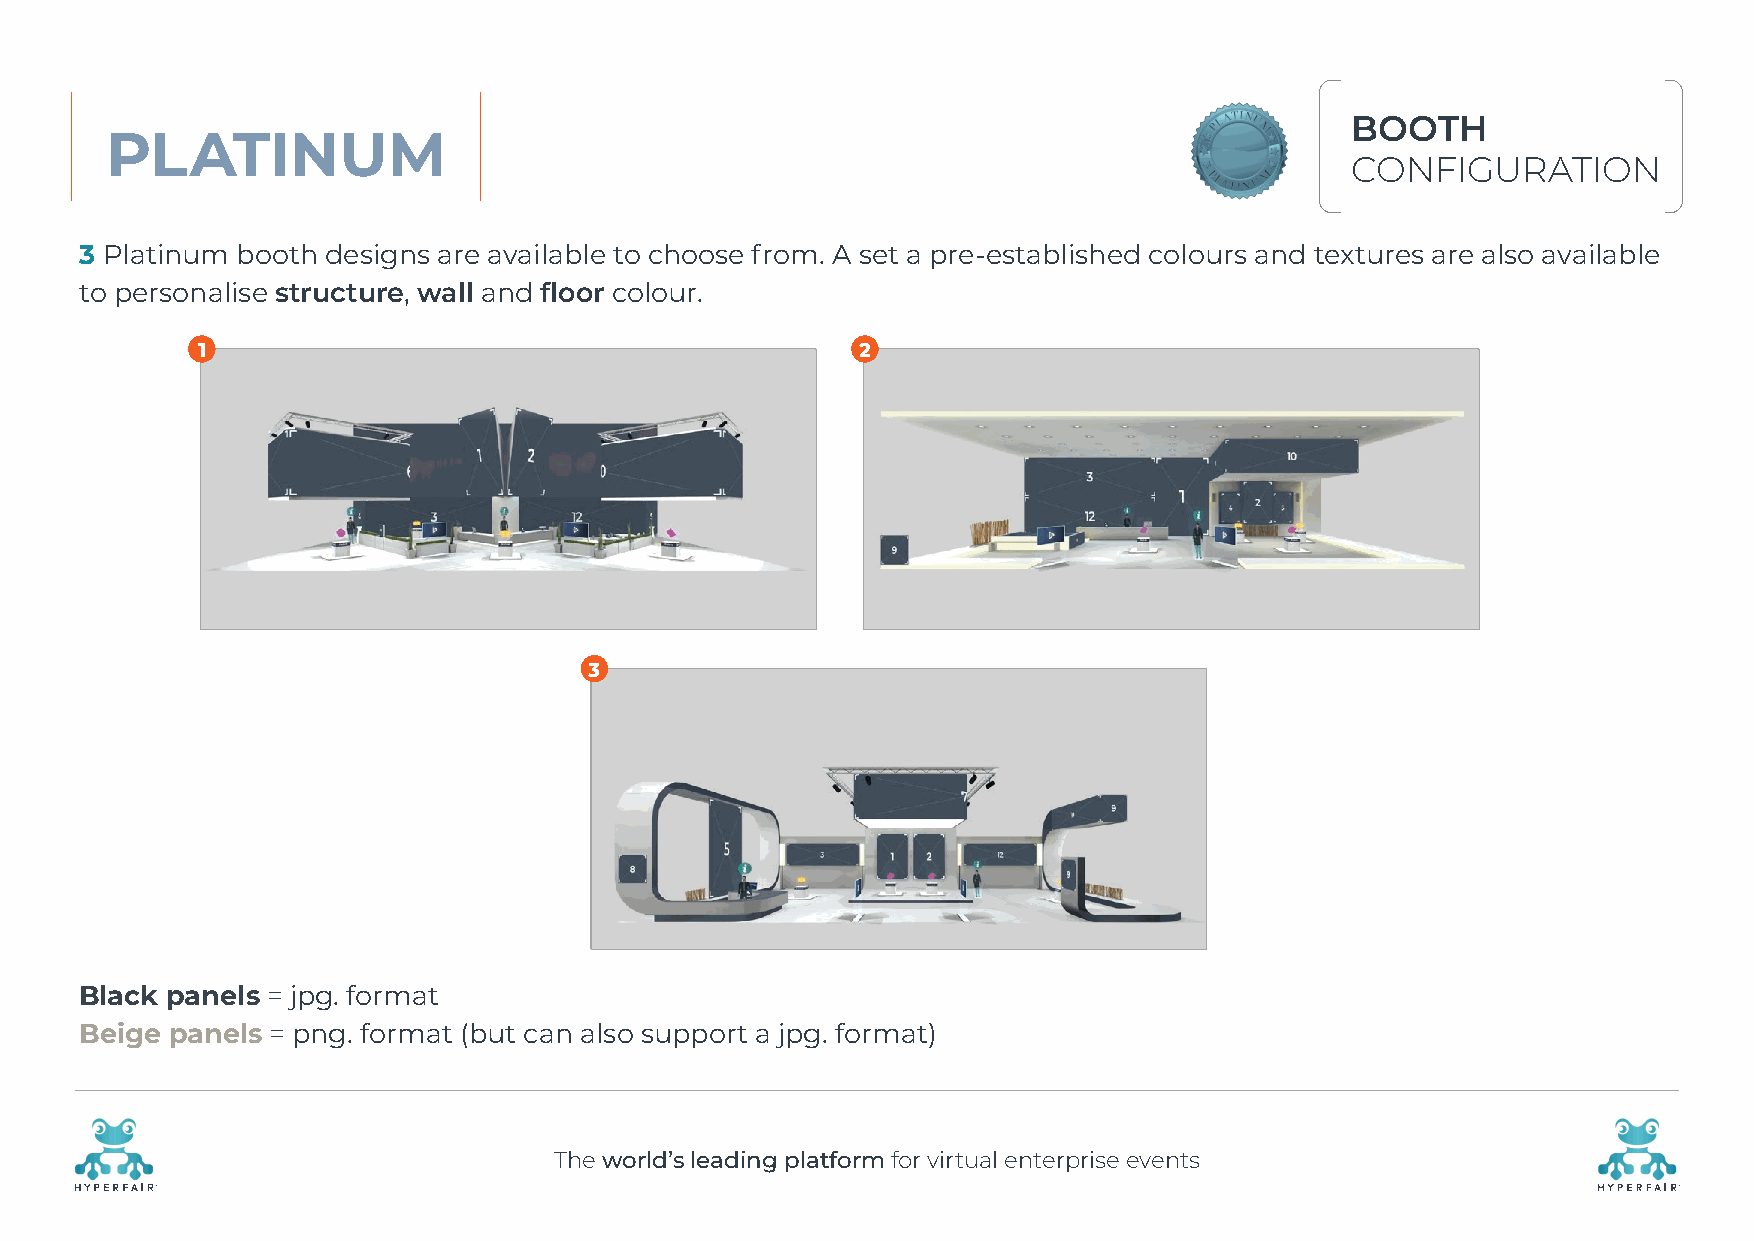
BOOTH
 PLATINUM
 CONFIGURATION
 3 Platinum booth designs are available to choose from. A set a pre-established colours and textures are also available
 to personalise structure, wall and floor colour.
 1                                           2
 3
 Black panels = jpg. format
 Beige panels = png. format (but can also support a jpg. format)
 The world’s leading platform for virtual enterprise events
 R                                                                                                    R